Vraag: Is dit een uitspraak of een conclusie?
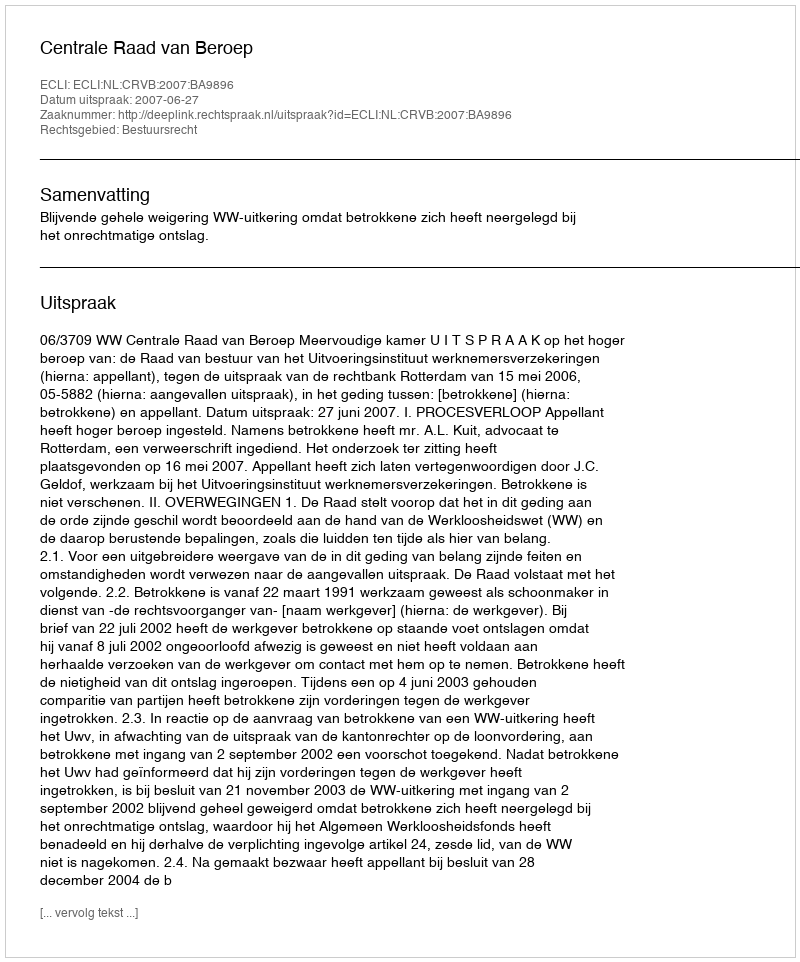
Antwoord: Uitspraak